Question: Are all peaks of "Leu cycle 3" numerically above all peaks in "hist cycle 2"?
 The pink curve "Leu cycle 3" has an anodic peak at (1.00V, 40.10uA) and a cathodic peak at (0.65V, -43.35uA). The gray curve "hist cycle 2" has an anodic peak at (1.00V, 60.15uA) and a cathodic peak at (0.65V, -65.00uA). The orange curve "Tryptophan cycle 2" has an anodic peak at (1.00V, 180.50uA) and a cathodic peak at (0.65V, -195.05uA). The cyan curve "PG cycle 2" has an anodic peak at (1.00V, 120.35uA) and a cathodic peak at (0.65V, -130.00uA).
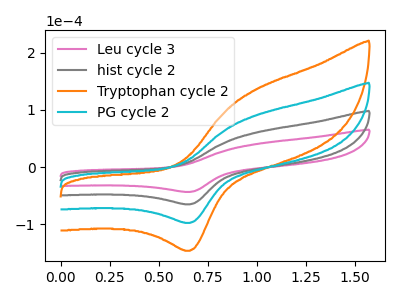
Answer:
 <answer>Every peak in "Leu cycle 3" is lower than every peak in "hist cycle 2".</answer>
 <eval>lower</eval>